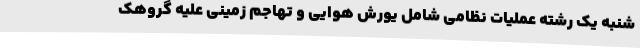
شنبه یک رشته عملیات نظامی شامل یورش هوایی و تهاجم زمینی علیه گروهک